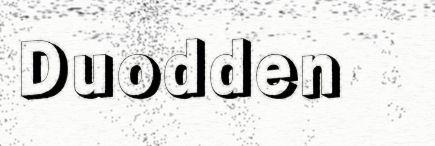
Duodden